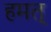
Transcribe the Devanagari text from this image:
हमत्